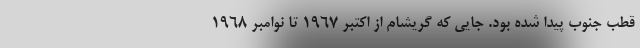
قطب جنوب پیدا شده بود. جایی که گریشام از اکتبر ۱۹۶۷ تا نوامبر ۱۹۶۸